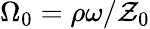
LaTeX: \Omega_{0}=\rho\omega/\mathcal{Z}_{0}